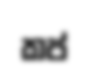
කප්